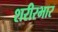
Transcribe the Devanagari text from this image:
शरीरभार